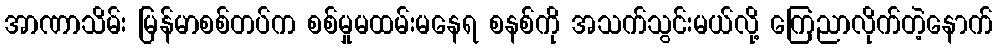
အာဏာသိမ်း မြန်မာစစ်တပ်က စစ်မှုမထမ်းမနေရ စနစ်ကို အသက်သွင်းမယ်လို့ ကြေညာလိုက်တဲ့နောက်